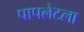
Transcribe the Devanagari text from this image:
पापलेटला